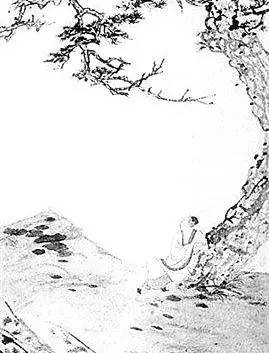
亡国至亡而后知亡，至死而后知死